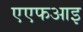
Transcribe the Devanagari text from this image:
एएफआइ